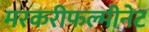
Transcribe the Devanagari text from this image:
मरकरीफल्मीनेट